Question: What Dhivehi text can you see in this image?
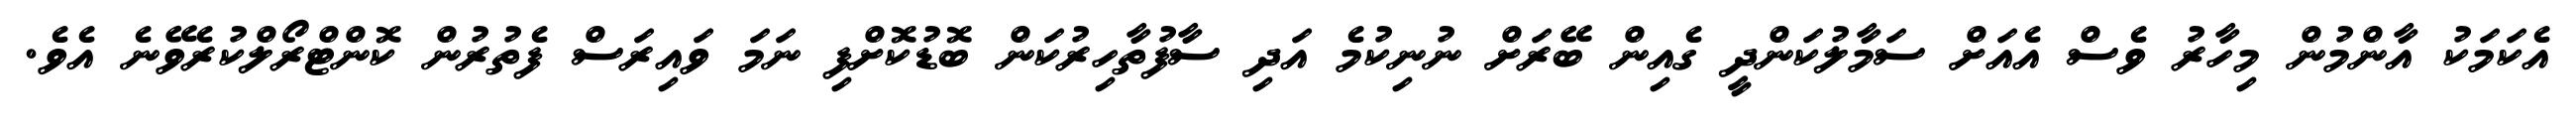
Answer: އެކަމަކު އާންމުން މިހާރު ވެސް އެއަށް ސަމާލުކަންދީ ގެއިން ބޭރަށް ނުނިކުމެ އަދި ސާފުތާހިރުކަން ބޮޑުކޮށްފި ނަމަ ވައިރަސް ފެތުރުން ކޮންޓްރޯލްކުރެވޭނެ އެވެ.